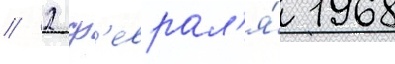
// 2 ф'еврал'я́ 1968